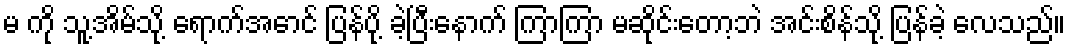
မ ကို သူ့အိမ်သို့ ရောက်အောင် ပြန်ပို့ ခဲ့ပြီးနောက် ကြာကြာ မဆိုင်းတော့ဘဲ အင်းစိန်သို့ ပြန်ခဲ့ လေသည်။